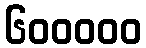
၆၀၀၀၀၀